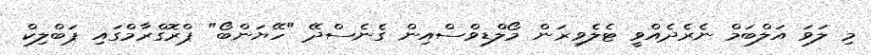
މި ލަވަ އަލްބަމް ނެރެދެއްވީ ޓެލެވިޜަން މޯލްޑިވްސްއިން ގެނެސްދޭ "ހޭޔަންބޯ" ޕްރޮގްރާމްގައި ޕަބްލިކް